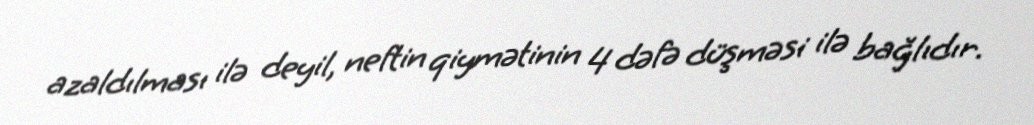
azaldılması ilə deyil, neftin qiymətinin 4 dəfə düşməsi ilə bağlıdır.